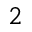
^ 2